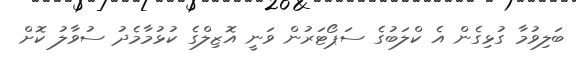
ބަލިވުމާ ގުޅިގެން އެ ކްލަބުގެ ސަޕޯޓަރުން ވަނީ އޮޒިލްގެ ކުޅުމާމެދު ސުވާލު ކޮށް